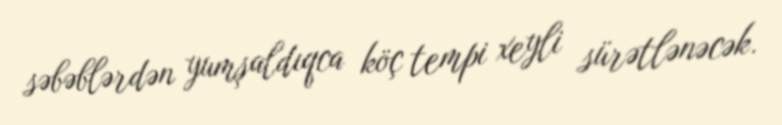
səbəblərdən yumşaldıqca köç tempi xeyli sürətlənəcək.